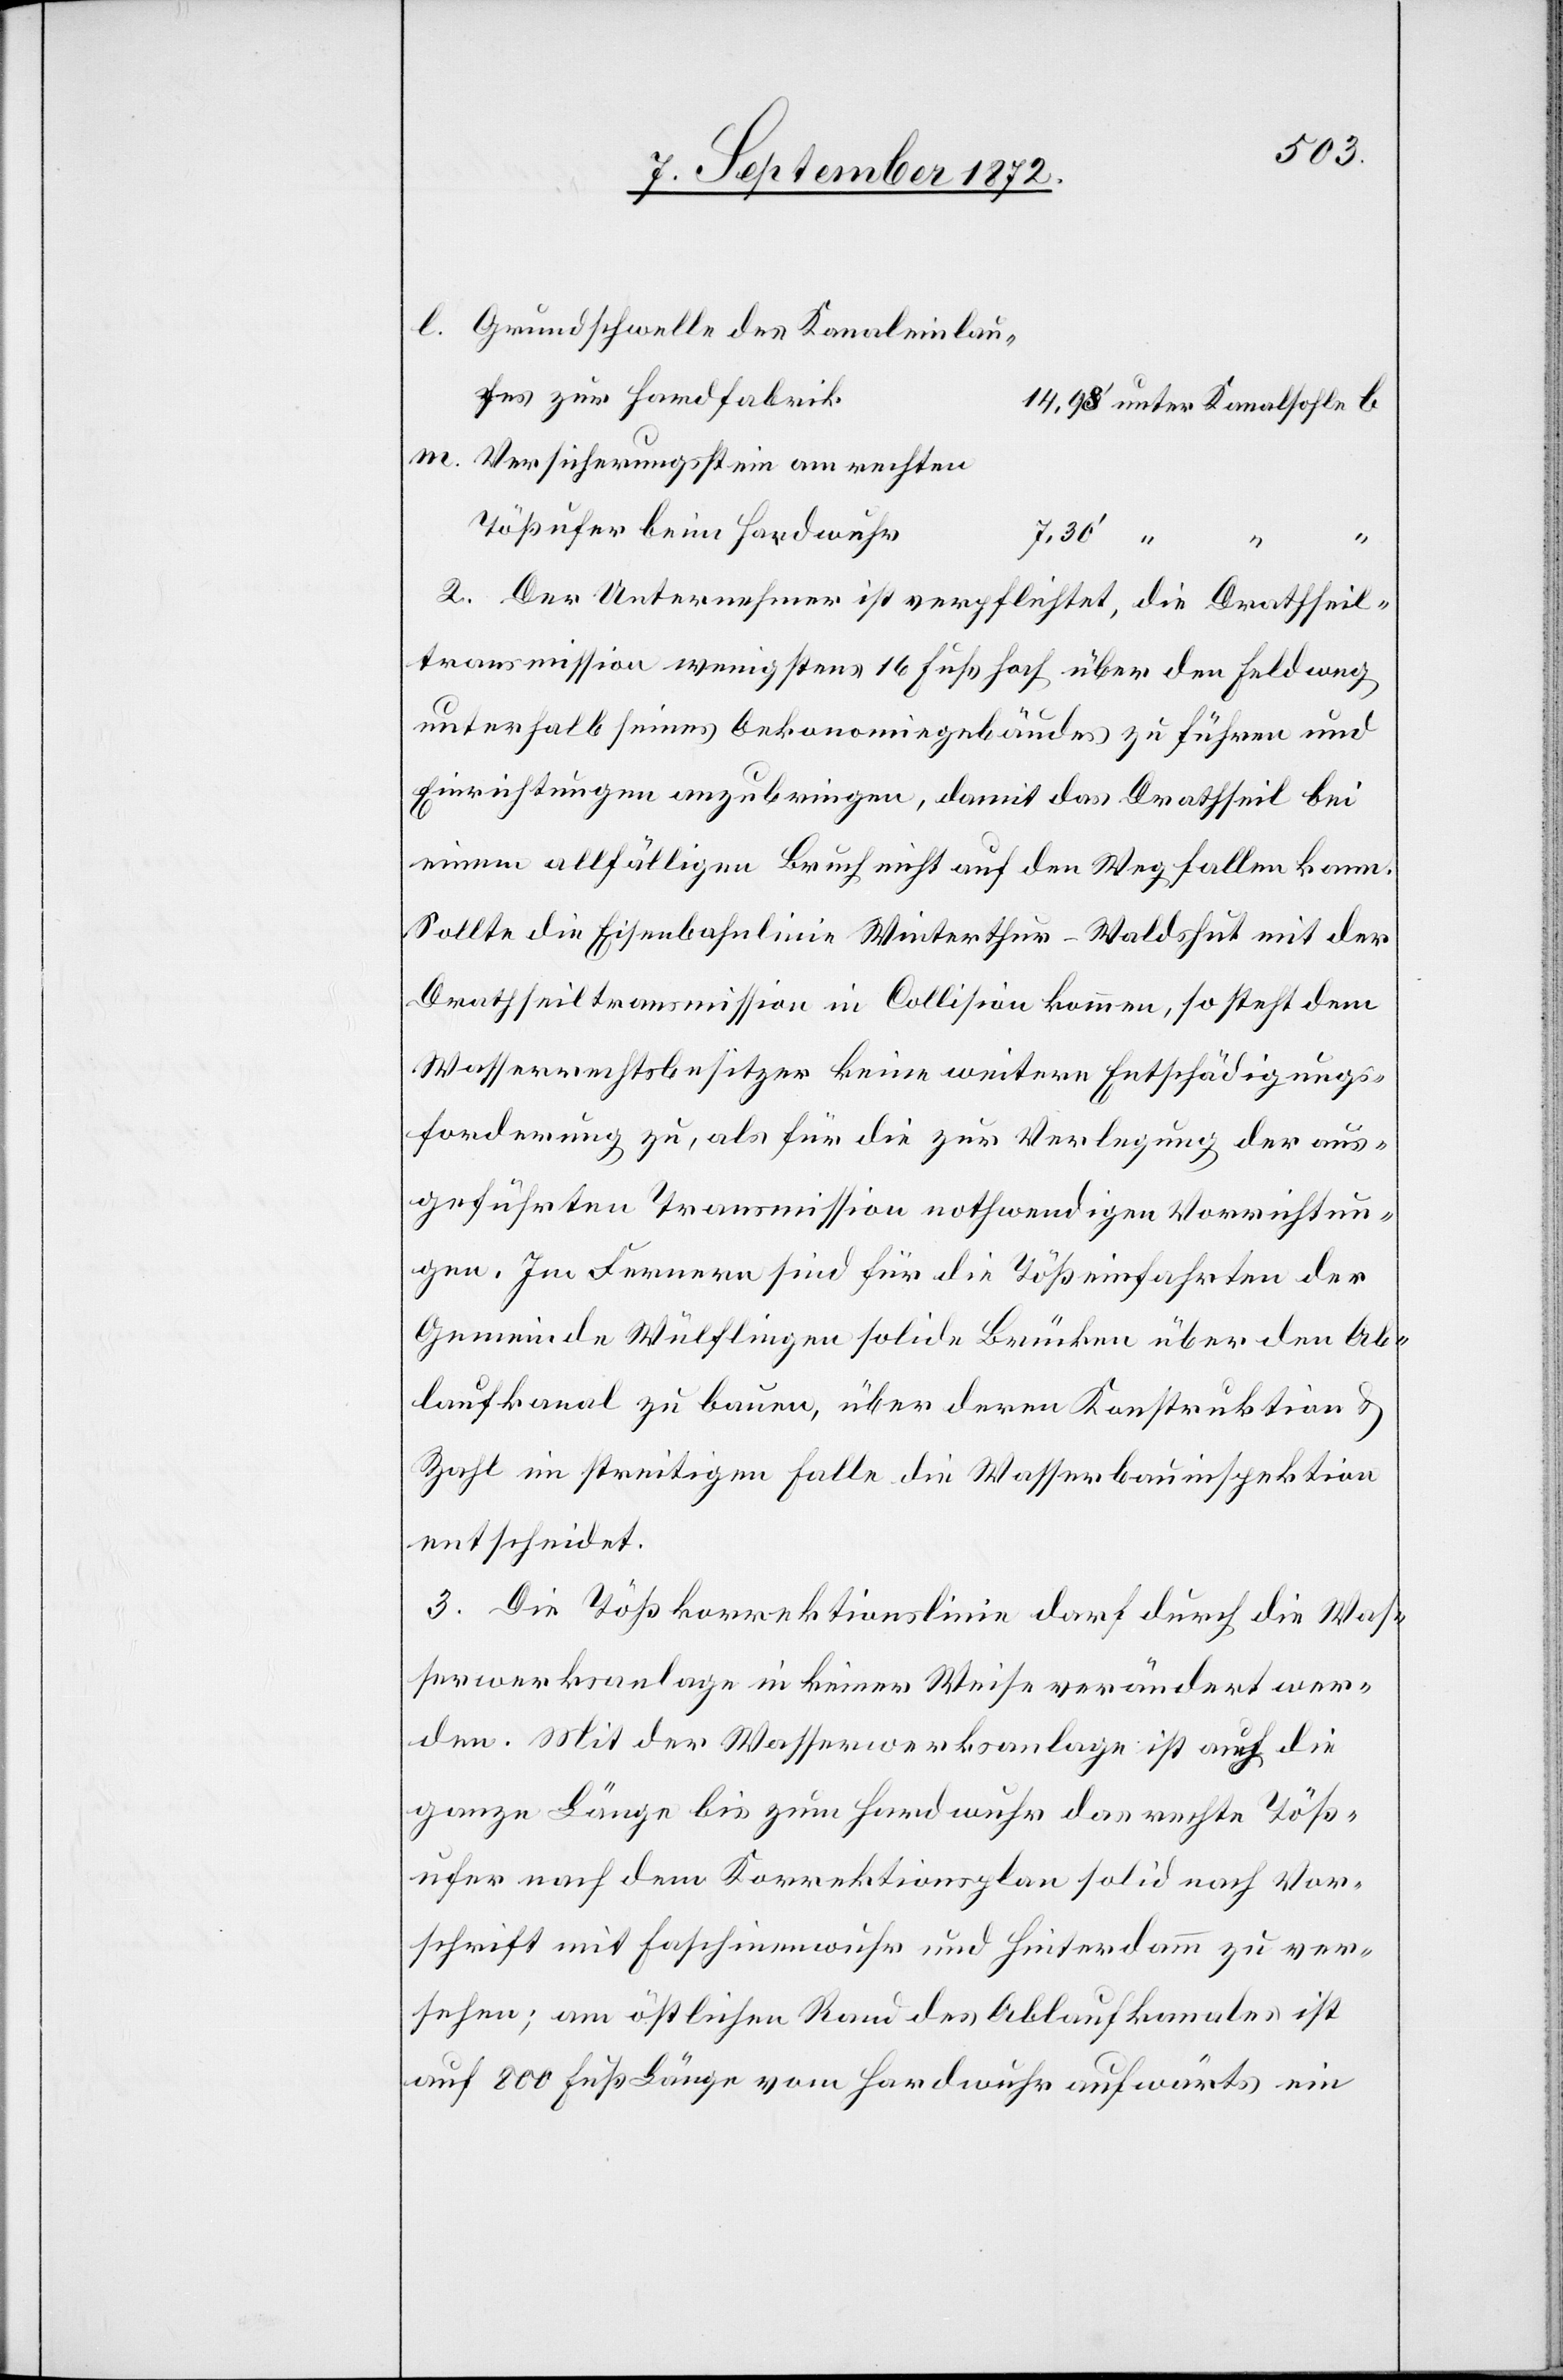
Grundschwelle des Kanaleinlau¬
fes zur Hardfabrik
Versicherungsstein am rechten
Tößufer beim Hardwuhr
7,30’
“
“
2. Der Unternehmer ist verpflichtet, die Drathseil¬
transmission wenigstens 16 Fuß hoch über den Feldweg
unterhalb seines Oekonomiegebäudes zu führen und
Einrichtungen anzubringen, damit das Drathseil bei
einem allfälligen Bruch nicht auf den Weg fallen kann.
Sollte die Eisenbahnlinie Winterthur–Waldshut mit der
Drathseiltransmission in Collision kommen, so steht dem
Wasserrechtsbesitzer keine weitere Entschädigungs¬
forderung zu, als für die zur Verlegung der aus¬
geführten Transmission nothwendigen Vorrichtun¬
gen. Im Fernern sind für die Tößeinfahrten der
Gemeinde Wülflingen solide Brücken über den Ab¬
laufkanal zu bauen, über deren Konstruktion u.
Zahl im streitigen Falle die Wasserbauinspektion
entscheidet.
3. Die Tößkorrektionslinie darf durch die Was¬
serwerksanlage in keiner Weise verändert wer¬
den. Mit der Wasserwerksanlage ist auch die
ganze Länge bis zum Hardwuhr das rechte Töß¬
ufer nach dem Korrektionsplan solid nach Vor¬
schrift mit Faschinenwuhr und Hinterdamm zu ver¬
sehen; am östlichen Rand des Ablaufkanales ist
auf 800 Fuß Länge vom Hardwuhr aufwärts ein